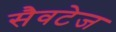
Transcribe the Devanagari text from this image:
सैवटेज